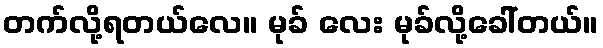
တက်လို့ရတယ်လေ။ မုခ် လေး မုခ်လို့ခေါ်တယ်။